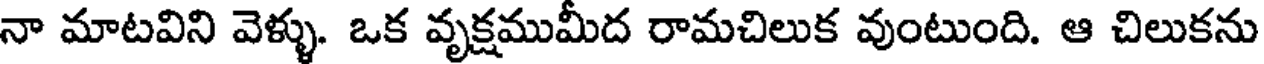
నా మాటవిని వెళ్ళు. ఒక వృక్షముమీద రామచిలుక వుంటుంది. ఆ చిలుకను